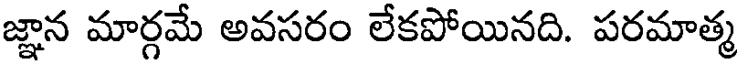
జ్ఞాన మార్గమే అవసరం లేకపోయినది. పరమాత్మ